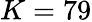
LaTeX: K=79